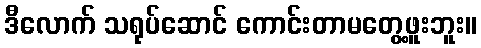
ဒီလောက် သရုပ်ဆောင် ကောင်းတာမတွေ့ဖူးဘူး။